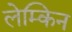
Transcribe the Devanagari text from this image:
लेम्किन